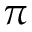
\pi